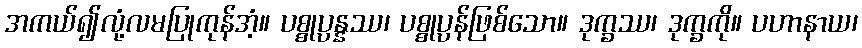
အကယ်၍လုံ့လမပြုကုန်အံ့။ ပစ္စုပ္ပန္နဿ၊ ပစ္စုပ္ပန်ဖြစ်သော။ ဒုက္ခဿ၊ ဒုက္ခကို။ ပဟာနာယ၊